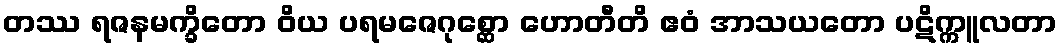
တဿ ရဇနမက္ခိတော ဝိယ ပရမဇေဂုစ္ဆော ဟောတီတိ ဧဝံ အာသယတော ပဋိက္ကူလတာ